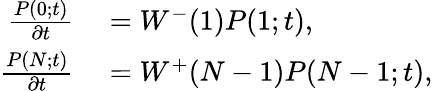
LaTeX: \begin{array}{rl}{\frac{P(0;t)}{\partial t}}&{{}=W^{-}(1)P(1;t),}\\ {\frac{P(N;t)}{\partial t}}&{{}=W^{+}(N-1)P(N-1;t),}\end{array}